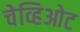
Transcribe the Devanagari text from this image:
चेव्हिओट